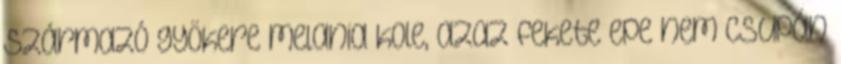
származó gyökere melania kole, azaz fekete epe nem csupán